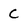
Character: C